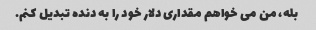
بله، من می خواهم مقداری دلار خود را به دنده تبدیل کنم.